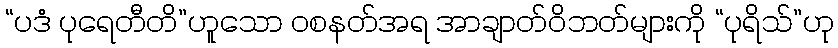
“ပဒံ ပုရေတီတိ”ဟူသော ဝစနတ်အရ အာချာတ်ဝိဘတ်များကို “ပုရိသ်”ဟု